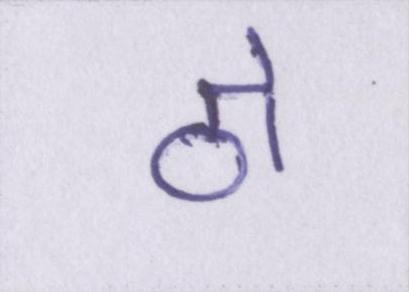
ठो